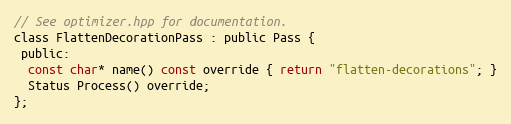
Language: C
// See optimizer.hpp for documentation.
class FlattenDecorationPass : public Pass {
 public:
  const char* name() const override { return "flatten-decorations"; }
  Status Process() override;
};